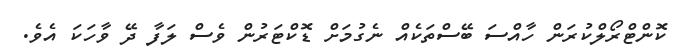
ކޮންޓްރޯލްކުރަން ހާއްސަ ބޭސްތަކެއް ނެގުމަށް ޑޮކްޓަރުން ވެސް ލަފާ ދޭ ވާހަކަ އެވެ.